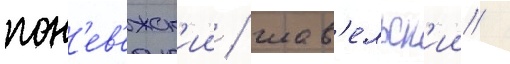
пон'ев'ежск'ии / шав'ельск'ии /